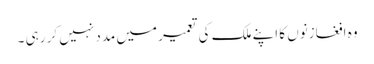
وہ افغازنوں کا اپنے ملک کی تعمیر میں مدد نہیں کر رہی ۔